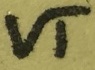
Text: VT